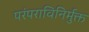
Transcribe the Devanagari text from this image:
परंपराविनिर्मुक्त